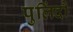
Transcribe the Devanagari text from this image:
पुलिंदौं